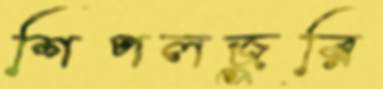
শিপলজুরি